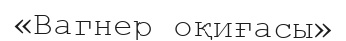
«Вагнер оқиғасы»